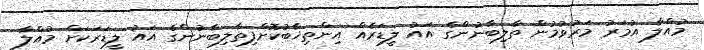
މުއްލާ އުމަރު މަރުވުމުން ތާލިބާނުންގެ އައު ލީޑަރެއް އިންތިޚާބުކޮށްފިތާލިބާނުންގެ އައު ލީޑަރަކަށް މުއްލާ